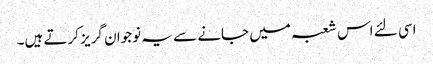
اسی لئے اس شعبہ میں جانے سے یہ نوجوان گریز کرتے ہیں۔